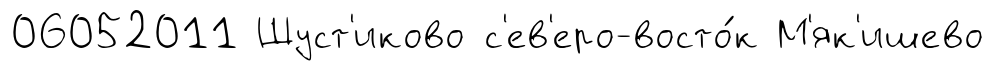
06052011 Шуст'иково с'ев'еро-восто́к М'як'ишево